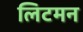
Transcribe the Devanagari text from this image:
लिटमन